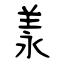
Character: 羕